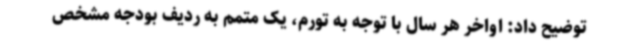
توضیح داد: اواخر هر سال با توجه به تورم، یک متمم به ردیف بودجه مشخص